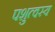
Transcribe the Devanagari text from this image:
पशुत्वस्य